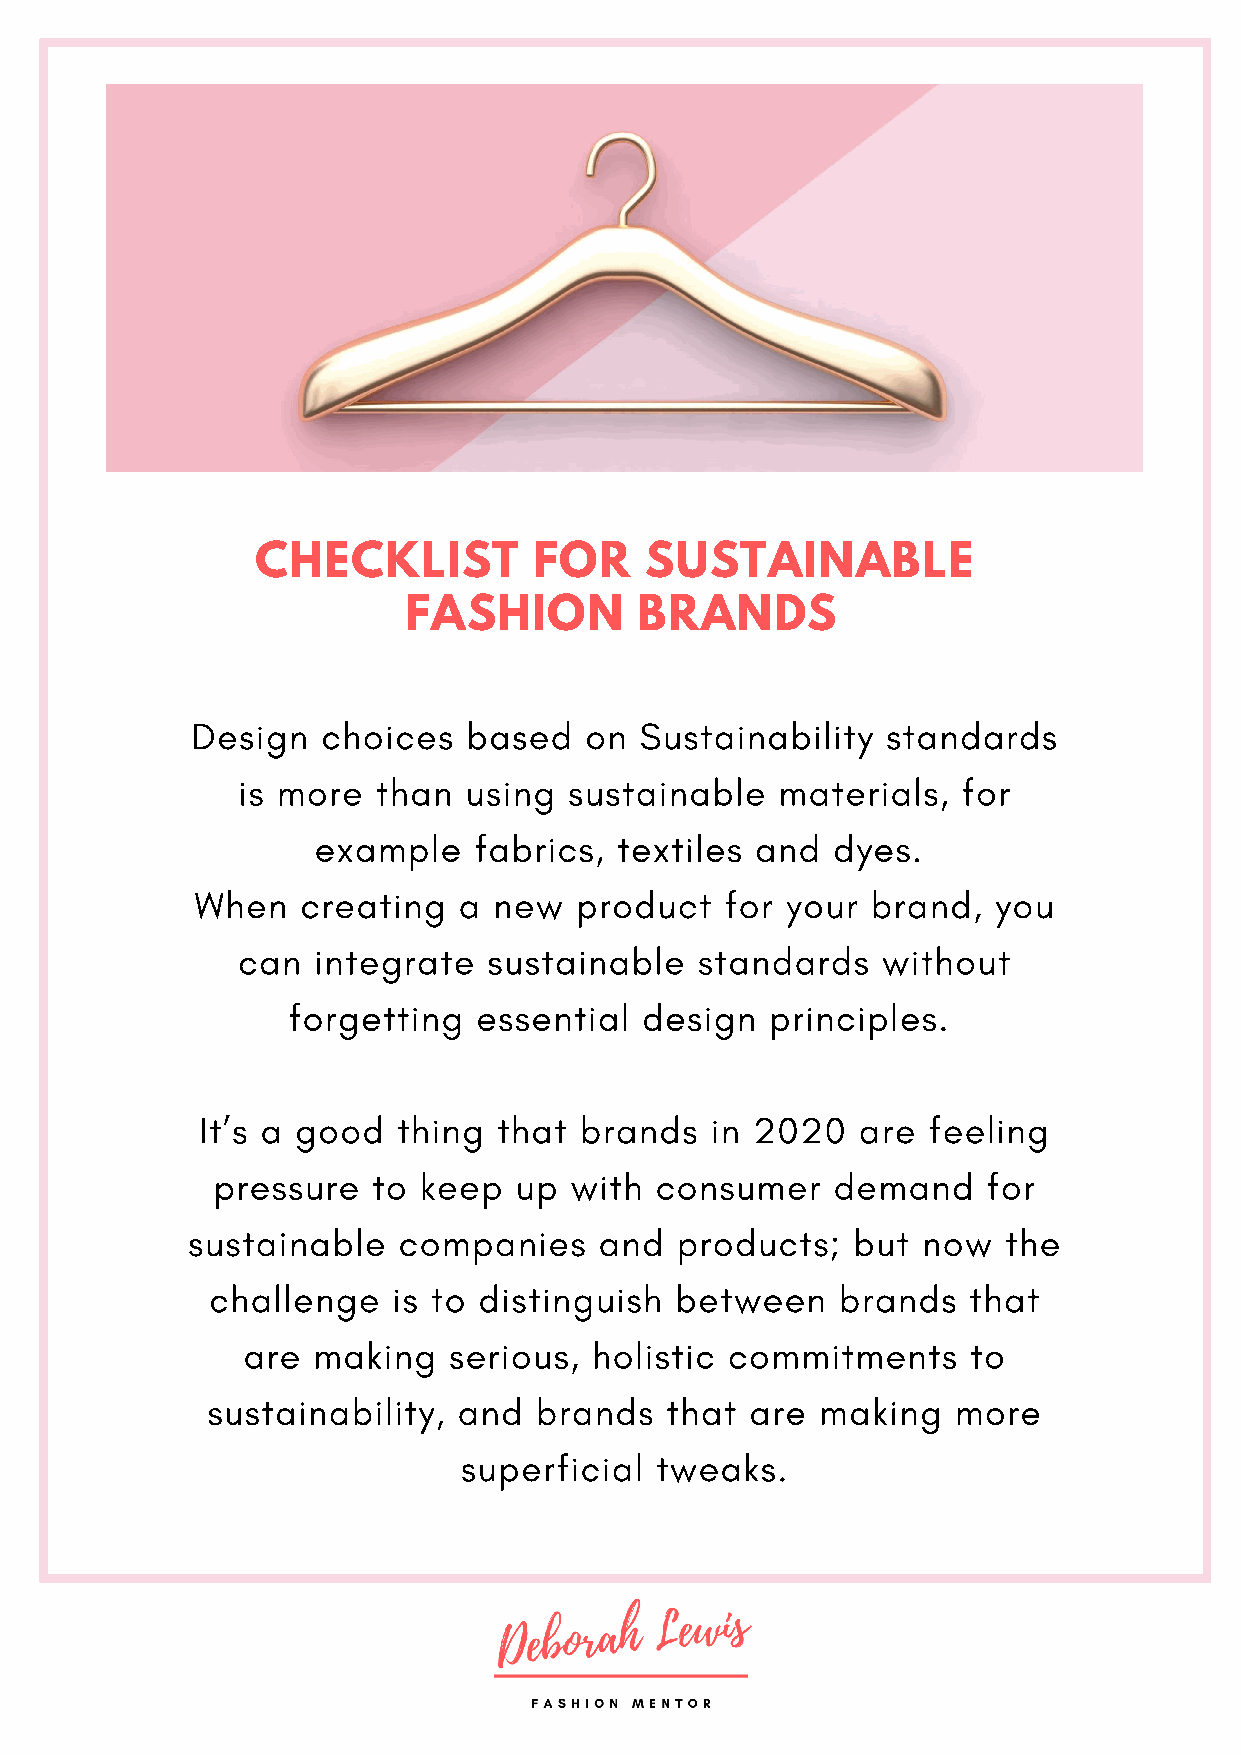
CHECKLIST         FOR     SUSTAINABLE
 FASHION        BRANDS
 Design  choices   based   on Sustainability   standards
 is more  than  using  sustainable   materials,  for
 example   fabrics,  textiles and  dyes.
 When   creating  a  new  product   for your  brand,  you
 can  integrate  sustainable   standards   without
 forgetting   essential  design  principles.
 It’s a good  thing  that brands   in 2020   are feeling
 pressure   to keep  up  with consumer    demand    for
 sustainable   companies     and  products;  but  now   the
 challenge   is to distinguish  between    brands  that
 are  making   serious, holistic commitments     to
 sustainability, and  brands   that  are making   more
 superficial tweaks.